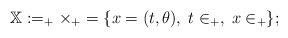
LaTeX: \begin{align*}\mathbb X:= \real_+\times \real_+ = \{x=(t,\theta), \; t \in \real_+, \; x\in \real_+\};\end{align*}